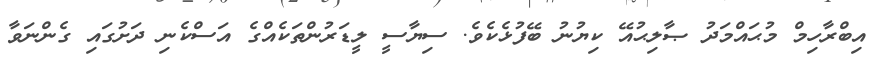
އިބްރާހިމް މުޙައްމަދު ޞާލިޙުއޭ ކިޔުނު ބޭފުޅެކެވެ. ސިޔާސީ ލީޑަރުންތަކެއްގެ އަސްކެނި ދަށުގައި ގެންނަވާ